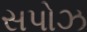
સપોઝ